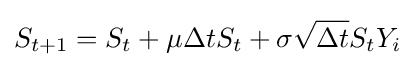
S_{t+1}=S_{t}+\mu \Delta {t}S_{t}+\sigma {\sqrt {\Delta {t}}}S_{t}Y_{i}